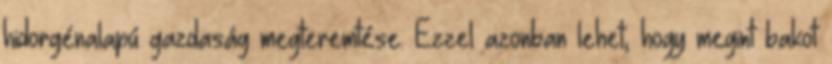
hidorgénalapú gazdaság megteremtése. Ezzel azonban lehet, hogy megint bakot